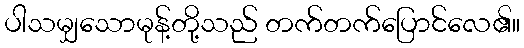
ပါသမျှသောမုန့်တို့သည် တက်တက်ပြောင်လေ၏။